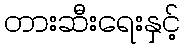
တားဆီးရေးနှင့်